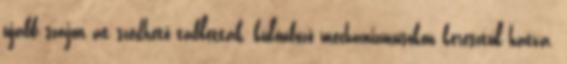
újabb szájon át szedhető tabletták, különböző mechanizmusokon keresztül hatva.